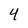
Character: 4